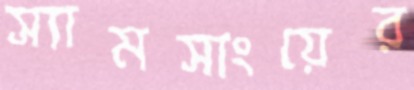
স্যামসাংয়ের